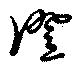
僜